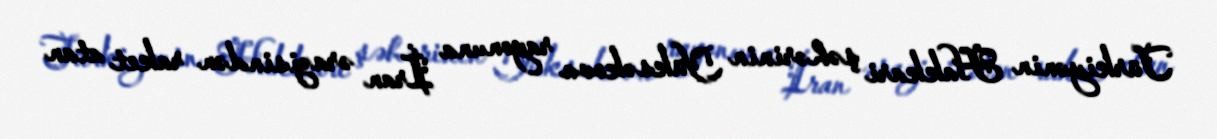
Türkiyənin Hakkari şəhərinin Yüksəkova rayonuna İran ərazisindən raket atan